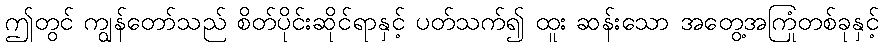
ဤတွင် ကျွန်တော်သည် စိတ်ပိုင်းဆိုင်ရာနှင့် ပတ်သက်၍ ထူး ဆန်းသော အတွေ့အကြုံတစ်ခုနှင့်